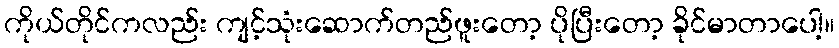
ကိုယ်တိုင်ကလည်း ကျင့်သုံးဆောက်တည်ဖူးတော့ ပိုပြီးတော့ ခိုင်မာတာပေါ့။